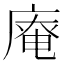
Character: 𢊊